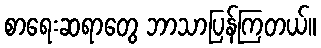
စာရေးဆရာတွေ ဘာသာပြန်ကြတယ်။